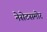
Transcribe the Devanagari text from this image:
नेसेटसमोर